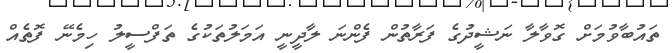
ތައުބާވުމަށް ގޮވާލާ ނަޝީދުގެ ފަރާތުން ފެންނަ ލާދީނީ އަމަލުތަކުގެ ތަފްސީލު ހިމެނޭ ފޮތެއް